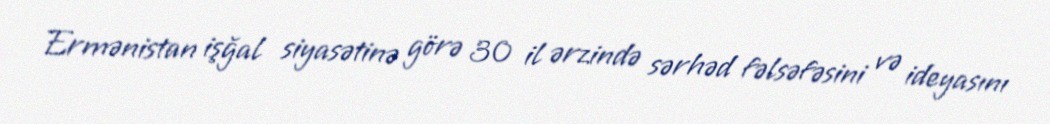
Ermənistan işğal siyasətinə görə 30 il ərzində sərhəd fəlsəfəsini və ideyasını